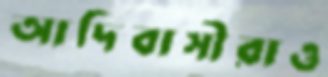
আদিবাসীরাও